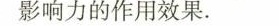
影响力的作用效果。